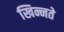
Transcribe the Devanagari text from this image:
खिन्नते